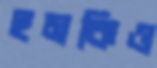
হুমকিও